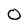
Character: 0